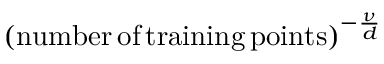
\mathrm { ( n u m b e r \, o f \, t r a i n i n g \, p o i n t s ) } ^ { - \frac { \nu } { d } }